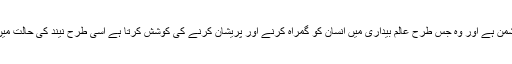
شیطان چوں کہ ازل سے بنی آدم کا دشمن ہے اور وہ جس طرح عالم بیداری میں انسان کو گمراہ کرنے اور پریشان کرنے کی کوشش کرتا ہے اسی طرح نیند کی حالت میں بھی وہ انسان کو چین نہیں لینے دیتا۔